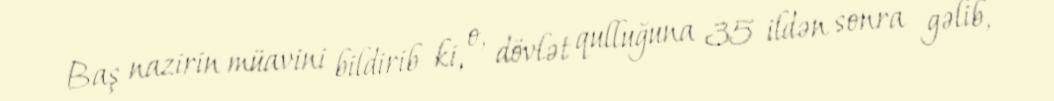
Baş nazirin müavini bildirib ki, o, dövlət qulluğuna 35 ildən sonra gəlib,